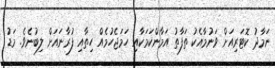
ނަމާދު ކޮޓަރިއަށް ވަނުމާއެކު ތަފާތު އަމާންކަމަކާއި ހަމަޖެހުމެއް ހިތާއި ފުރާނައަށް ލިބުނެވެ. މަޑު